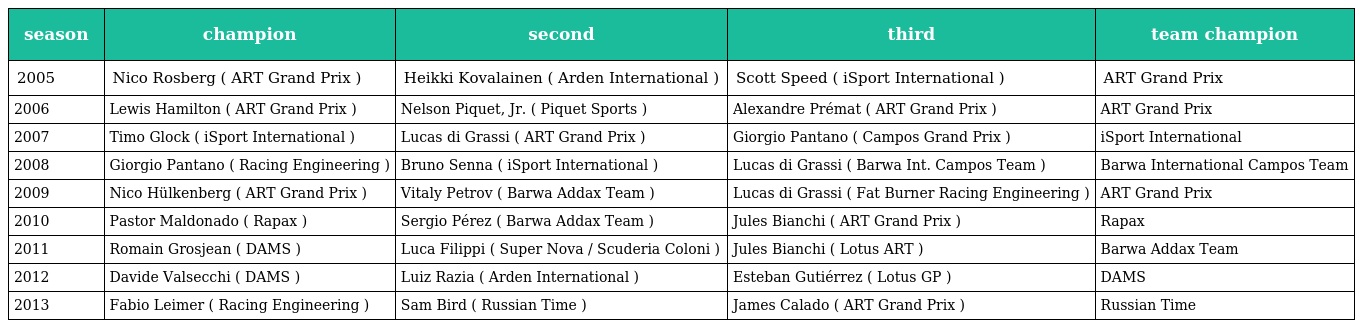
| season | champion | second | third | team champion |
 | --- | --- | --- | --- | --- |
 | 2005 | Nico Rosberg ( ART Grand Prix ) | Heikki Kovalainen ( Arden International ) | Scott Speed ( iSport International ) | ART Grand Prix |
 | 2006 | Lewis Hamilton ( ART Grand Prix ) | Nelson Piquet, Jr. ( Piquet Sports ) | Alexandre Prémat ( ART Grand Prix ) | ART Grand Prix |
 | 2007 | Timo Glock ( iSport International ) | Lucas di Grassi ( ART Grand Prix ) | Giorgio Pantano ( Campos Grand Prix ) | iSport International |
 | 2008 | Giorgio Pantano ( Racing Engineering ) | Bruno Senna ( iSport International ) | Lucas di Grassi ( Barwa Int. Campos Team ) | Barwa International Campos Team |
 | 2009 | Nico Hülkenberg ( ART Grand Prix ) | Vitaly Petrov ( Barwa Addax Team ) | Lucas di Grassi ( Fat Burner Racing Engineering ) | ART Grand Prix |
 | 2010 | Pastor Maldonado ( Rapax ) | Sergio Pérez ( Barwa Addax Team ) | Jules Bianchi ( ART Grand Prix ) | Rapax |
 | 2011 | Romain Grosjean ( DAMS ) | Luca Filippi ( Super Nova / Scuderia Coloni ) | Jules Bianchi ( Lotus ART ) | Barwa Addax Team |
 | 2012 | Davide Valsecchi ( DAMS ) | Luiz Razia ( Arden International ) | Esteban Gutiérrez ( Lotus GP ) | DAMS |
 | 2013 | Fabio Leimer ( Racing Engineering ) | Sam Bird ( Russian Time ) | James Calado ( ART Grand Prix ) | Russian Time |